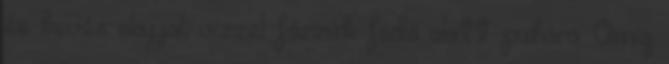
és kevés olajjal, vízzel főzzük fedő alatt puhára. Amíg